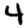
Digit: 4